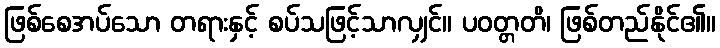
ဖြစ်စေအပ်သော တရားနှင့် စပ်သဖြင့်သာလျှင်။ ပဝတ္တတိ၊ ဖြစ်တည်နိုင်၏။